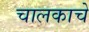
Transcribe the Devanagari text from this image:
चालकाचे